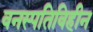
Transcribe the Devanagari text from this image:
वनस्पतिविहीन